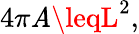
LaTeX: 4\pi\mathit{A}\leqL^{2},